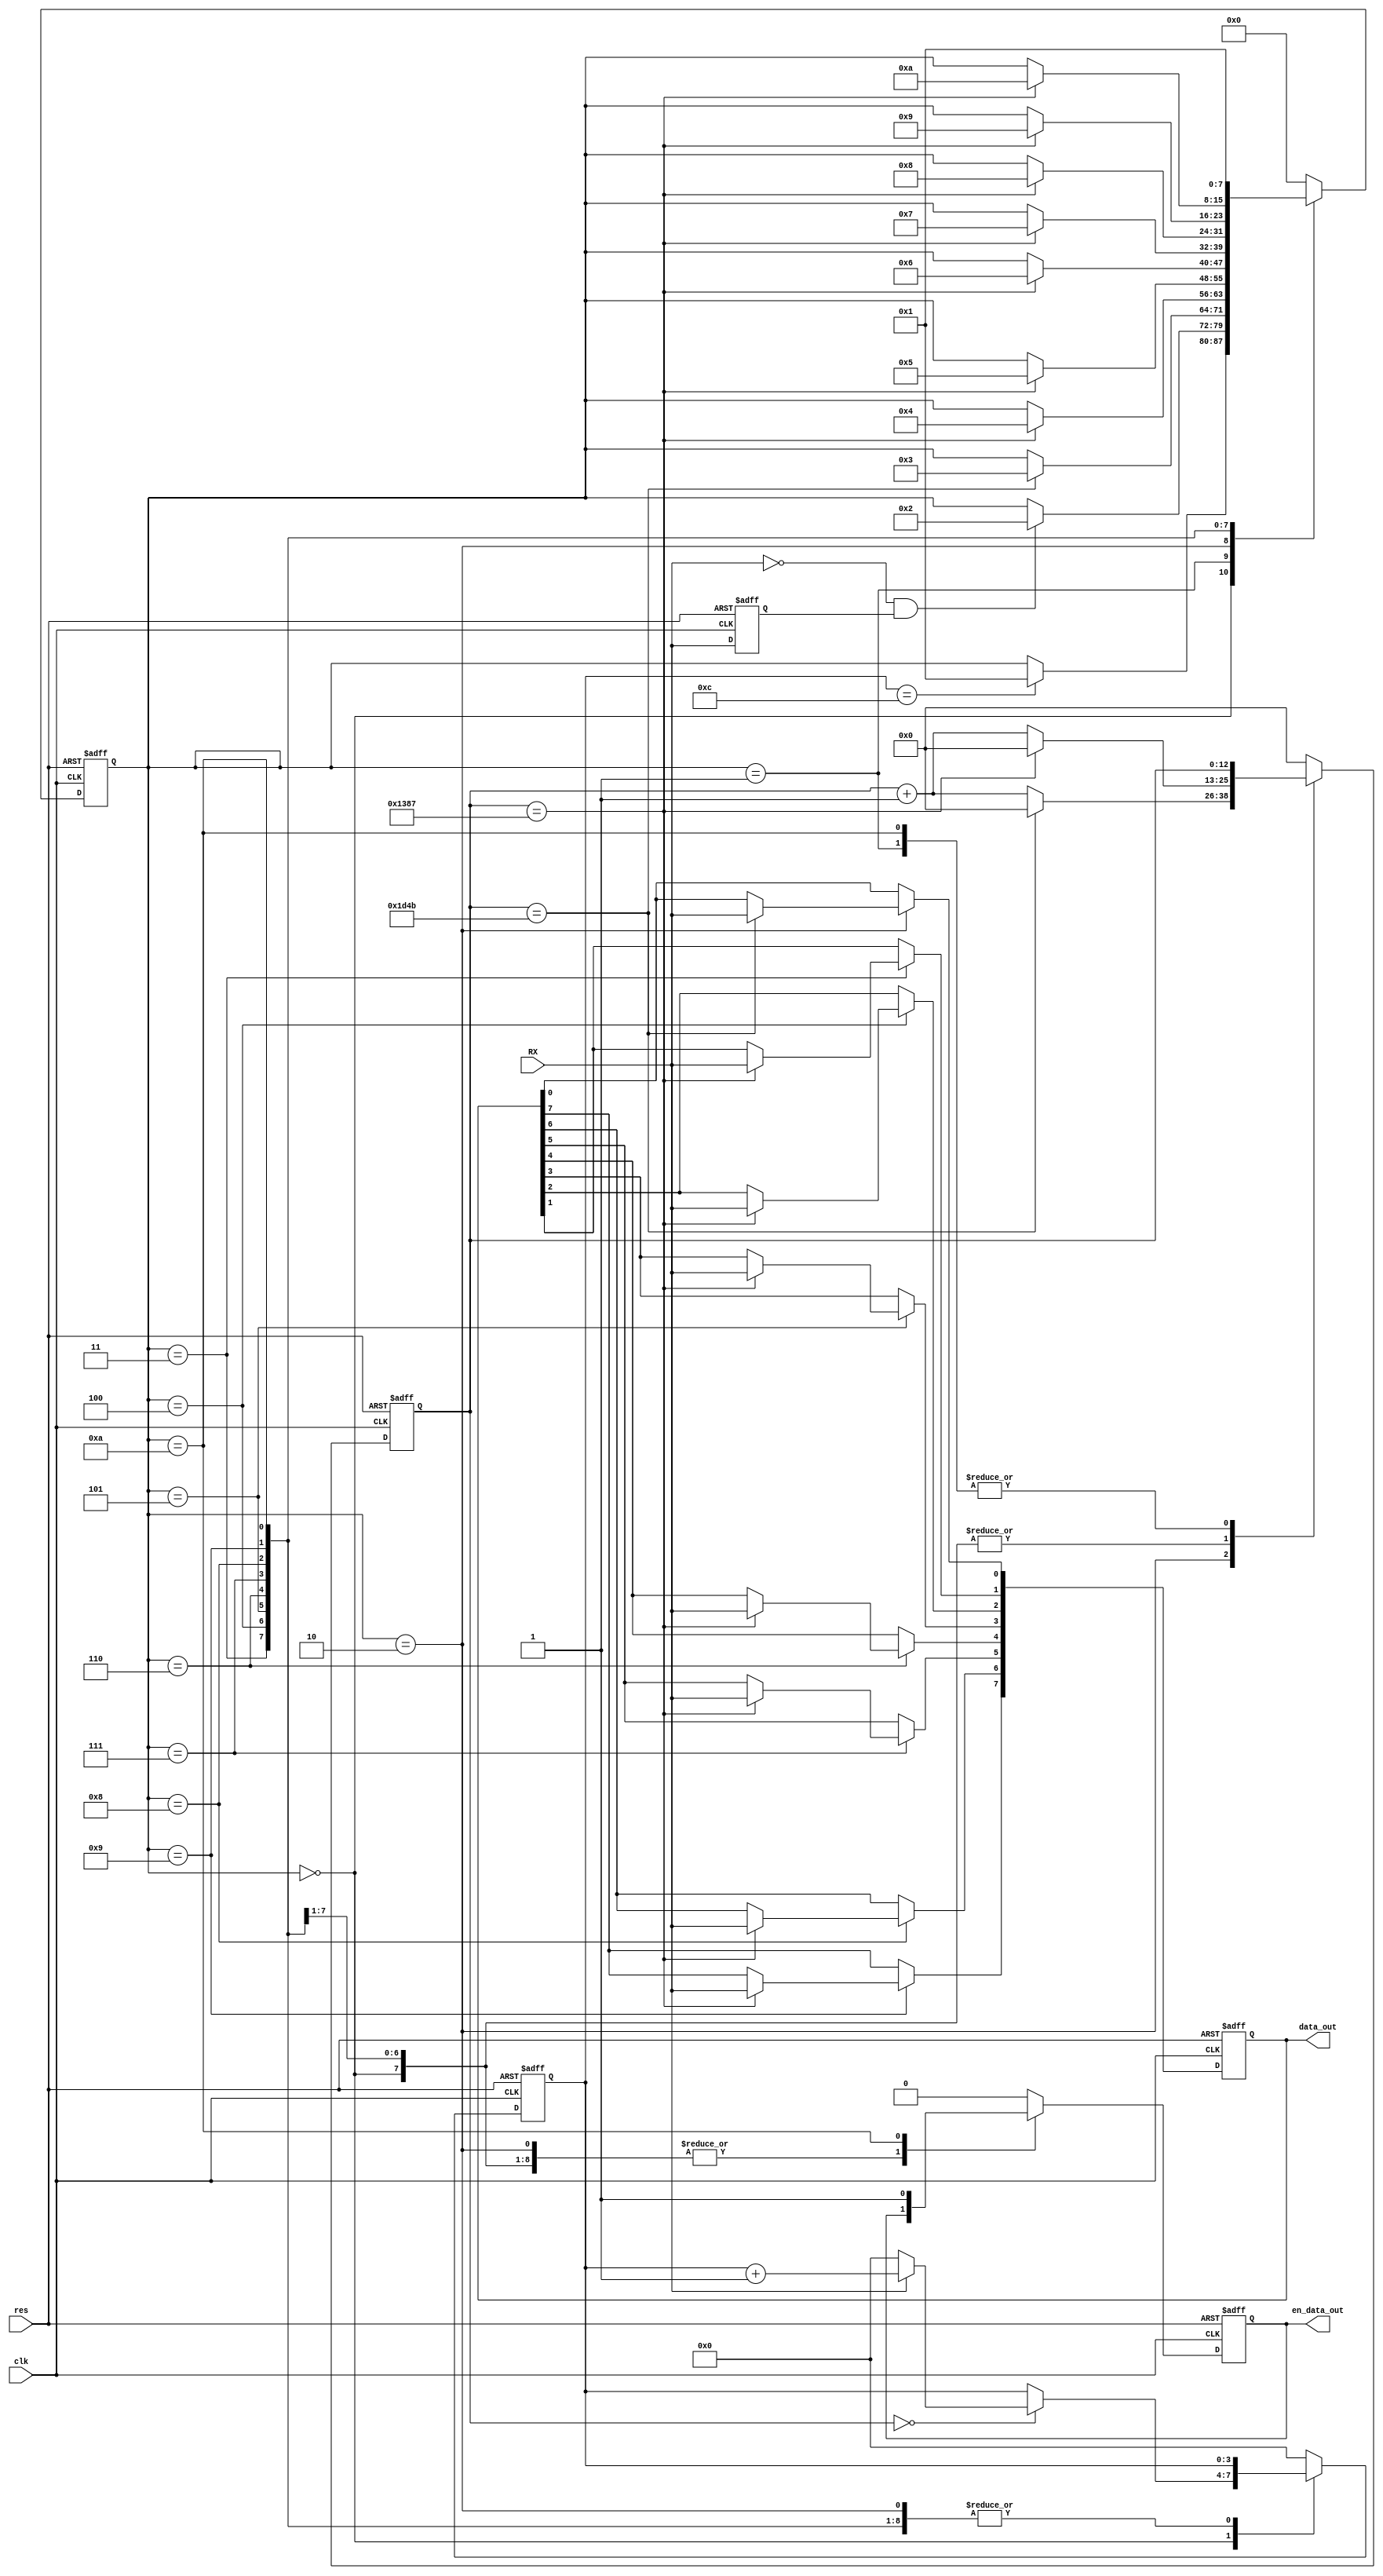
// UART - 24MHz4800
//        
`timescale 1ns/10ps
module UART_RX(
                clk,
                res,
                RX,
                data_out,
                en_data_out
);
input           clk;
input           res;
input           RX;
output[7:0]     data_out;
output          en_data_out;

reg[7:0]        state;      //
reg[12:0]       con;        //
reg[3:0]        con_bits;   //
reg             RX_delay;   //RX
reg[7:0]        data_out;
reg             en_data_out;
always @(posedge clk or negedge res) begin
    if (~res)begin
        state <= 0; con <= 0; con_bits <= 0; 
        RX_delay <= 0; data_out <= 0; en_data_out <= 0;
    end
    else begin
        RX_delay <= RX;
        case(state)
            0://
            begin
                if (con==4999)begin
                    con <= 0;
                end
                else begin
                    con <= con+1;
                end
                if (con==0)begin
                    if (RX)begin
                        con_bits <= con_bits+1;
                    end
                    else begin
                        con_bits <= 0;
                    end
                end
                if (con_bits==12)begin
                    state <= 1;
                end
            end
            1://
            begin
                en_data_out <= 0;
                if(~RX&RX_delay)begin
                    state <= 2;
                end
            end
            2://b0
            begin
                if (con==7499)begin
                    con <= 0;
                    data_out[0] <= RX;
                    state <= 3;
                end
                else begin
                    con <= con+1;
                end
            end
            3://b1
            begin        
                if (con==4999)begin
                    con <= 0;
                    data_out[1] <= RX;
                    state <= 4;
                end
                else begin
                    con <= con+1;
                end
            end
            4://b2
            begin        
                if (con==4999)begin
                    con <= 0;
                    data_out[2] <= RX;
                    state <= 5;
                end
                else begin
                    con <= con+1;
                end
            end
            5:
            begin        
                if (con==4999)begin
                    con <= 0;
                    data_out[3] <= RX;
                    state <= 6;
                end
                else begin
                    con <= con+1;
                end
            end
            6:
            begin        
                if (con==4999)begin
                    con <= 0;
                    data_out[4] <= RX;
                    state <= 7;
                end
                else begin
                    con <= con+1;
                end
            end
            7:
            begin        
                if (con==4999)begin
                    con <= 0;
                    data_out[5] <= RX;
                    state <= 8;
                end
                else begin
                    con <= con+1;
                end
            end
            8:
            begin        
                if (con==4999)begin
                    con <= 0;
                    data_out[6] <= RX;
                    state <= 9;
                end
                else begin
                    con <= con+1;
                end
            end
            9:
            begin        
                if (con==4999)begin
                    con <= 0;
                    data_out[7] <= RX;
                    state <= 10;
                end
                else begin
                    con <= con+1;
                end
            end
            10://
            begin
                en_data_out <= 1;
                state <= 1;
            end
            default:
            begin
                state <= 0; con <= 0; con_bits <= 0; en_data_out <= 0;
            end
        endcase
    end
end
endmodule
/*
module UART_RX_tb;
reg         clk;
reg         res;
wire        RX;
wire[7:0]   data_out;
wire        en_data_out;
reg[25:0]   RX_send_cache;  //
assign      RX = RX_send_cache[0];
reg[12:0]   con;
UART_RX UART_RX(
            .clk(clk),
            .res(res),
            .RX(RX),
            .data_out(data_out),
            .en_data_out(en_data_out)
);
initial begin
    clk <= 0; res <= 0; RX_send_cache <= {1'b1, 8'hA1, 1'b0, 16'hffff}; con <= 0;
    #17       res <= 1;
    #4000000  $stop;
end
always #5 clk <= ~clk;
always @(posedge clk) begin
    if (con == 5000-1)begin
        con <= 0;
    end
    else begin
        con <= con+1;
    end
    if (con == 0)begin
        RX_send_cache[24:0] <= RX_send_cache[25:1]; //
        RX_send_cache[25] <= RX_send_cache[0]; 
    end
end

initial begin
    $dumpfile("UART_RX_tb.vcd");
    $dumpvars(clk, RX, data_out, en_data_out);
end
endmodule*/